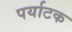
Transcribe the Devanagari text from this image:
पर्याटक